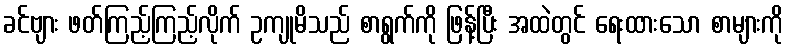
ခင်ဗျား ဖတ်ကြည့်ကြည့်လိုက် ဥကျုမိသည် စာရွက်ကို ဖြန့်ပြီး အထဲတွင် ရေးထားသော စာများကို